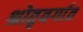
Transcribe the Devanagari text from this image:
श्रोतृवर्गात